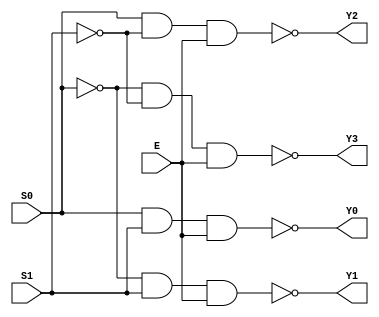
module demux1x4(input E, input S0, input S1, output Y0, output Y1, output Y2, output Y3);

not(S0_bar, S0);
not(S1_bar, S1);

nand(Y0, S0, S1, E);
nand(Y1, S0_bar, S1, E);
nand(Y2, S0, S1_bar, E);
nand(Y3, S0_bar, S1_bar, E);


endmodule